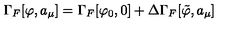
\Gamma _ { F } [ \varphi , a _ { \mu } ] = \Gamma _ { F } [ \varphi _ { 0 } , 0 ] + \Delta \Gamma _ { F } [ { \tilde { \varphi } } , a _ { \mu } ]